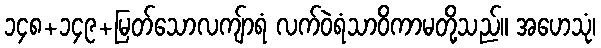
၁၄၈+၁၄၉+မြတ်သောလကျ်ာရံ လက်ဝဲရံသာဝိကာမတို့သည်။ အဟေသုံ၊